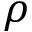
\rho